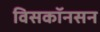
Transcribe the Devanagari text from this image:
विसकॉनसन